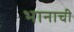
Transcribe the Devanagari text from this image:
भानाची